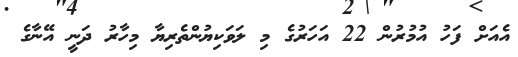
އެއަށް ފަހު އުމުރުން 22 އަހަރުގެ މި ލަވަކިޔުންތެރިޔާ މިހާރު ދަނީ އޭނާގެ